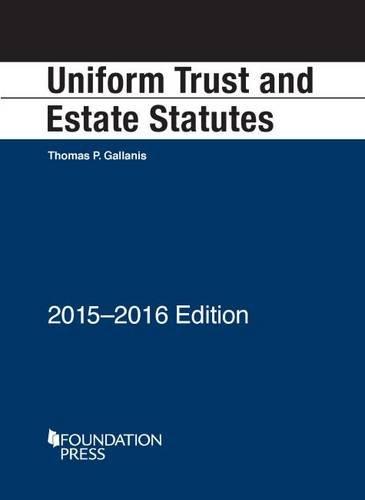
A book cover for Uniform Trust and Estate Statutes (Selected Statutes); Thomas Gallanis; Business & Money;